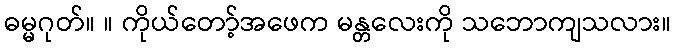
ဓမ္မဂုတ်။ ။ ကိုယ်တော့်အဖေက မန္တလေးကို သဘောကျသလား။